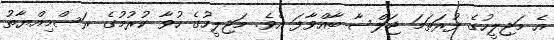
އެ މަޖިލީހުގެ ފުރަތަމަ ޖަލްސާ ބާއްވާފަ އެވެ. މަޖިލީހުގެ ހުވާ ކުރުމުގެ ރަސްމިއްޔާތު